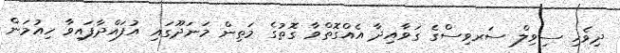
ދިވެހި ސިވިލް ސަރވިސްގެ ގަވާއިދާ އެއްގޮތްވާ ގޮތުގެ މަތިން މަނަދޫގައި އުފައްދާފައިވާ ހިއުމަން